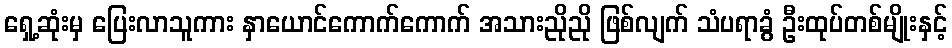
ရှေ့ဆုံးမှ ပြေးလာသူကား နှာယောင်ကောက်ကောက် အသားညိုညို ဖြစ်လျက် သံပရာခွံ ဦးထုပ်တစ်မျိုးနှင့်